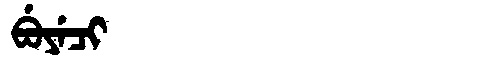
Manchu: ᠪᡠᠶᡝᠴᡳ
Romanization: BUYECI